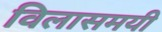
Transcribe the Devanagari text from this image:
विलासमयी